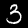
Label: 3